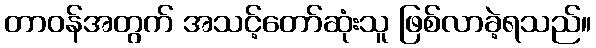
တာဝန်အတွက် အသင့်တော်ဆုံးသူ ဖြစ်လာခဲ့ရသည်။